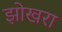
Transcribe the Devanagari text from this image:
झोखरा